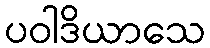
ပဝါဒိယာသေ